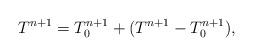
LaTeX: \begin{align*}T^{n+1} = T_0 ^{n+1} + (T^{n+1} - T_0 ^{n+1}),\end{align*}